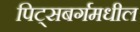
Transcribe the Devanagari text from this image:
पिट्सबर्गमधील